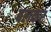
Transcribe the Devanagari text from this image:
बलकर